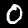
Digit: 0